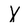
Character: X